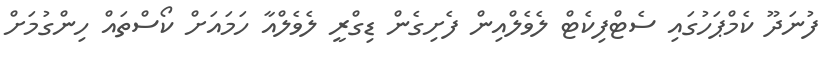
ފުނަދޫ ކެމްޕަހުގައި ސެޓްފިކެޓް ލެވެލްއިން ފެށިގެން ޑިގްރީ ލެވެލްއާ ހަމައަށް ކޯސްތައް ހިންގުމަށް